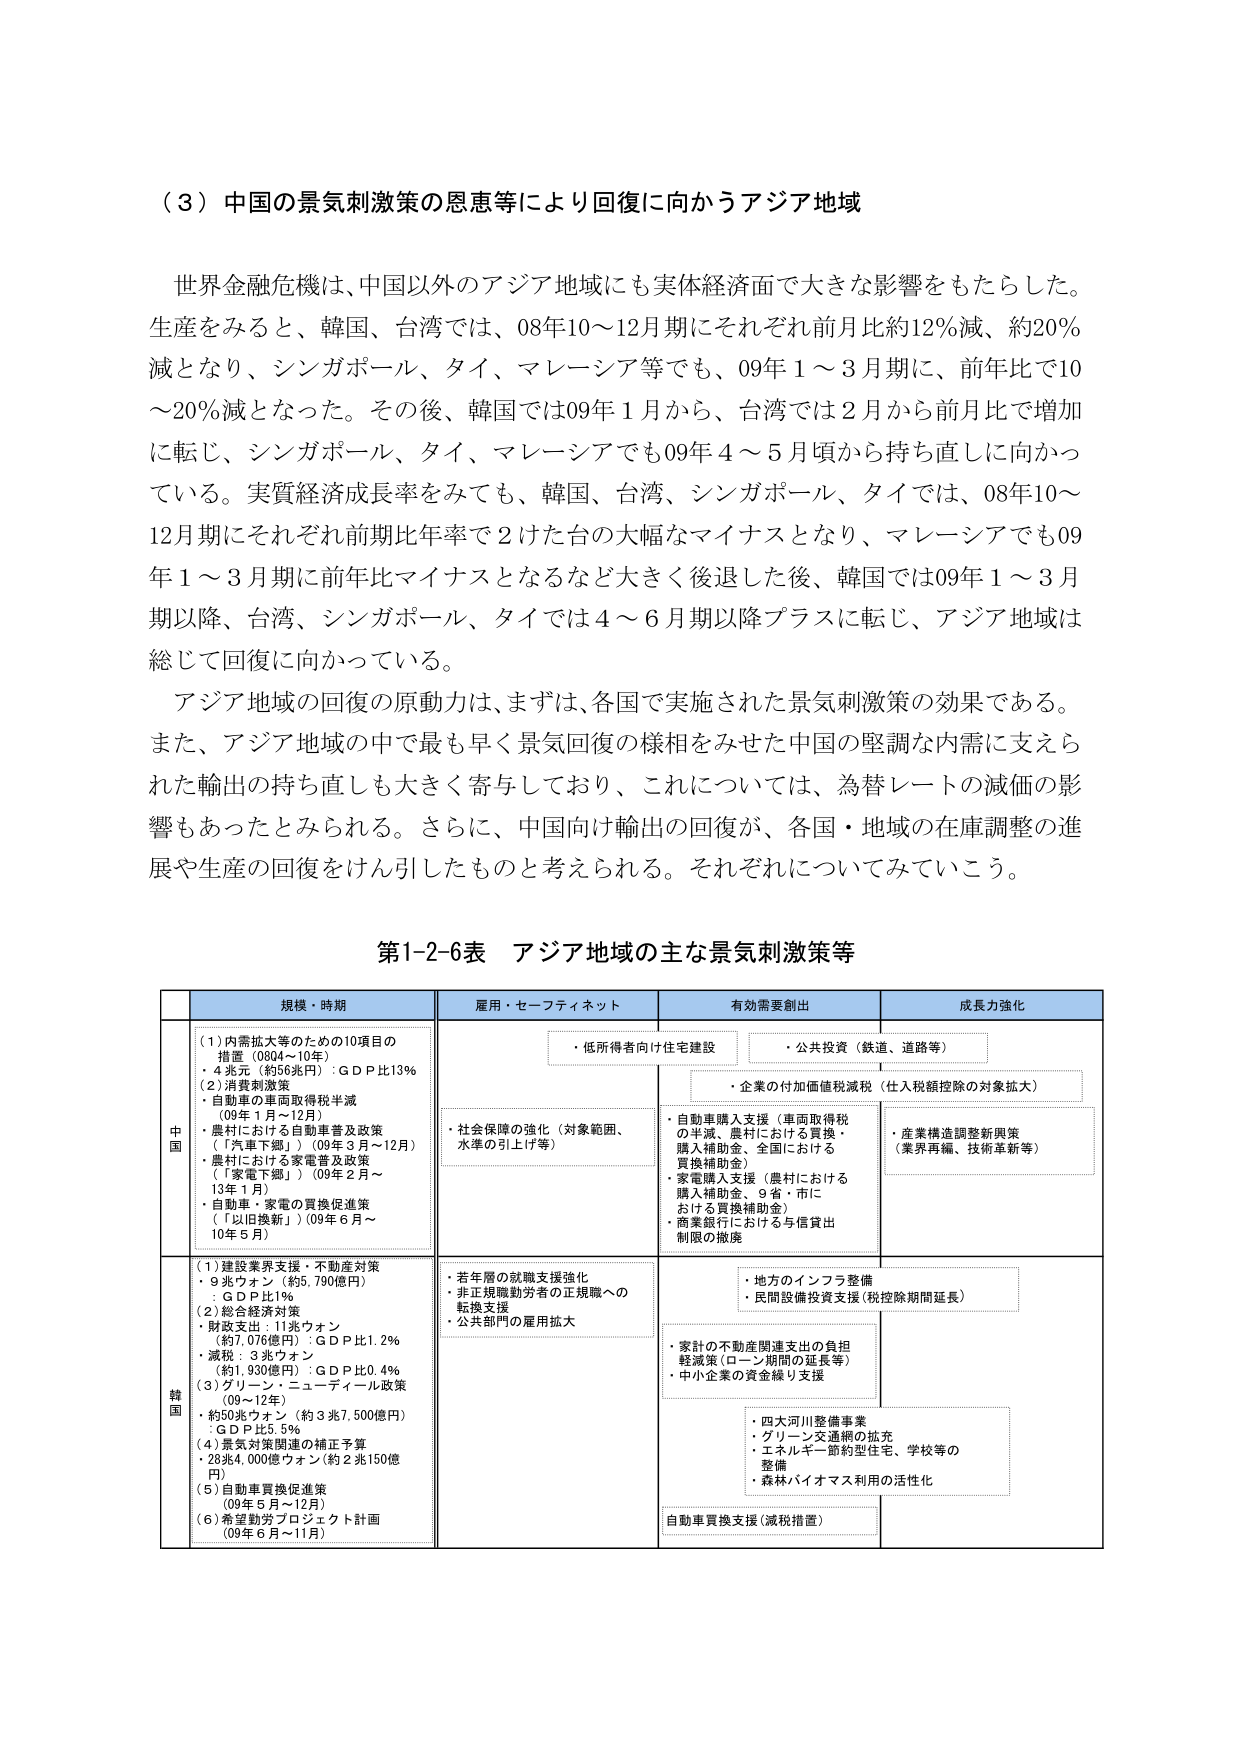
（３）中国の景気刺激策の恩恵等により回復に向かうアジア地域

世界金融危機は、中国以外のアジア地域にも実体経済面で大きな影響をもたらした。生産をみると、韓国、台湾では、08年10～12月期にそれぞれ前月比約12％減、約20％減となり、シンガポール、タイ、マレーシア等でも、09年１～３月期に、前年比で10～20％減となった。その後、韓国では09年１月から、台湾では２月から前月比で増加に転じ、シンガポール、タイ、マレーシアでも09年４～５月頃から持ち直しに向かっている。実質経済成長率をみても、韓国、台湾、シンガポール、タイでは、08年10～12月期にそれぞれ前期比年率で２けた台の大幅なマイナスとなり、マレーシアでも09年１～３月期に前年比マイナスとなるなど大きく後退した後、韓国では09年１～３月期以降、台湾、シンガポール、タイでは４～６月期以降プラスに転じ、アジア地域は総じて回復に向かっている。

アジア地域の回復の原動力は、まずは、各国で実施された景気刺激策の効果である。また、アジア地域の中で最も早く景気回復の様相をみせた中国の堅調な内需に支えられた輸出の持ち直しも大きく寄与しており、これについては、為替レートの減価の影響もあったとみられる。さらに、中国向け輸出の回復が、各国・地域の在庫調整の進展や生産の回復をけん引したものと考えられる。それぞれについてみていく。

第1-2-6表 アジア地域の主な景気刺激策等

| | 規模・時期 | 雇用・セーフティネット | 有効需要創出 | 成長力強化 |
|---|---|---|---|---|
| **中国** | （1）内需拡大等のための10項目の措置（0804～10年）<br>・4兆元（約56兆円）：ＧＤＰ比13％<br>（2）消費刺激策<br>・自動車の車両取得税半減（09年１月～12月）<br>・農村における自動車普及政策（「汽車下鄉」）（09年３月～12月）<br>・農村における家電普及政策（「家電下鄉」）（09年２月～13年１月）<br>・自動車・家電の買換促進策（「以旧換新」）（09年６月～10年５月） | ・低所得者向け住宅建設<br>・社会保障の強化（対象範囲、水準の引上げ等） | ・公共投資（鉄道、道路等）<br>・企業の付加価値税減税（仕入税額控除の対象拡大）<br>・自動車購入支援（車両取得税の半減、農村における買換・購入補助金、全国における買換補助金）<br>・家電購入支援（農村における購入補助金、９省・市における買換補助金）<br>・商業銀行における与信貸出制限の撤廃 | ・産業構造調整新興策（業界再編、技術革新等） |
| **韓国** | （1）建設業界支援・不動産対策<br>・9兆ウォン（約5,790億円）：ＧＤＰ比1％<br>（2）総合経済対策<br>・財政支出：11兆ウォン（約7,076億円）：ＧＤＰ比1.2％<br>・減税：3兆ウォン（約1,930億円）：ＧＤＰ比0.4％<br>（3）グリーン・ニューディール政策（09～12年）<br>・約50兆ウォン（約3兆7,500億円）：ＧＤＰ比5.5％<br>（4）景気対策関連の補正予算<br>・28兆4,000億ウォン（約2兆150億円）<br>（5）自動車買換促進策（09年５月～12月）<br>（6）希望勤労プロジェクト計画（09年６月～11月） | ・若年層の就職支援強化<br>・非正規職勤労者の正規職への転換支援<br>・公共部門の雇用拡大 | ・地方のインフラ整備<br>・民間設備投資支援（税控除期間延長）<br>・家計の不動産関連支出の負担軽減策（ローン期間の延長等）<br>・中小企業の資金繰り支援<br>・自動車買換支援（減税措置） | ・四大河川整備事業<br>・グリーン交通網の拡充<br>・エネルギー節約型住宅、学校等の整備<br>・森林バイオマス利用の活性化 |